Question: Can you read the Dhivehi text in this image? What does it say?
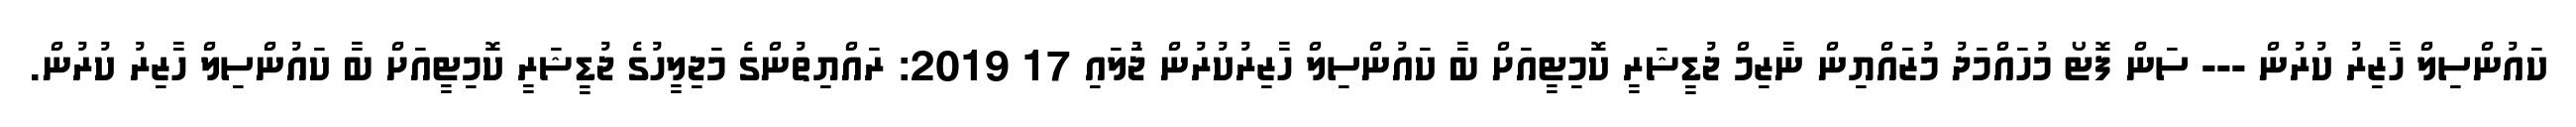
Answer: ކައުންސިލް ހާޒިރު ކުރުން --- ސަން ފޮޓޯ މުހައްމަދު މުޒައްޔިން ނާޒިމް ޖުޑީޝަރީ ކޮމިޓީއަށް ބާ ކައުންސިލް ހާޒިރުކުރުން ޖުަލައި 17 2019: ރައްޔިތުންގެ މަޖިލީހުގެ ޖުޑީޝަރީ ކޮމިޓީއަށް ބާ ކައުންސިލް ހާޒިރު ކުރުން.